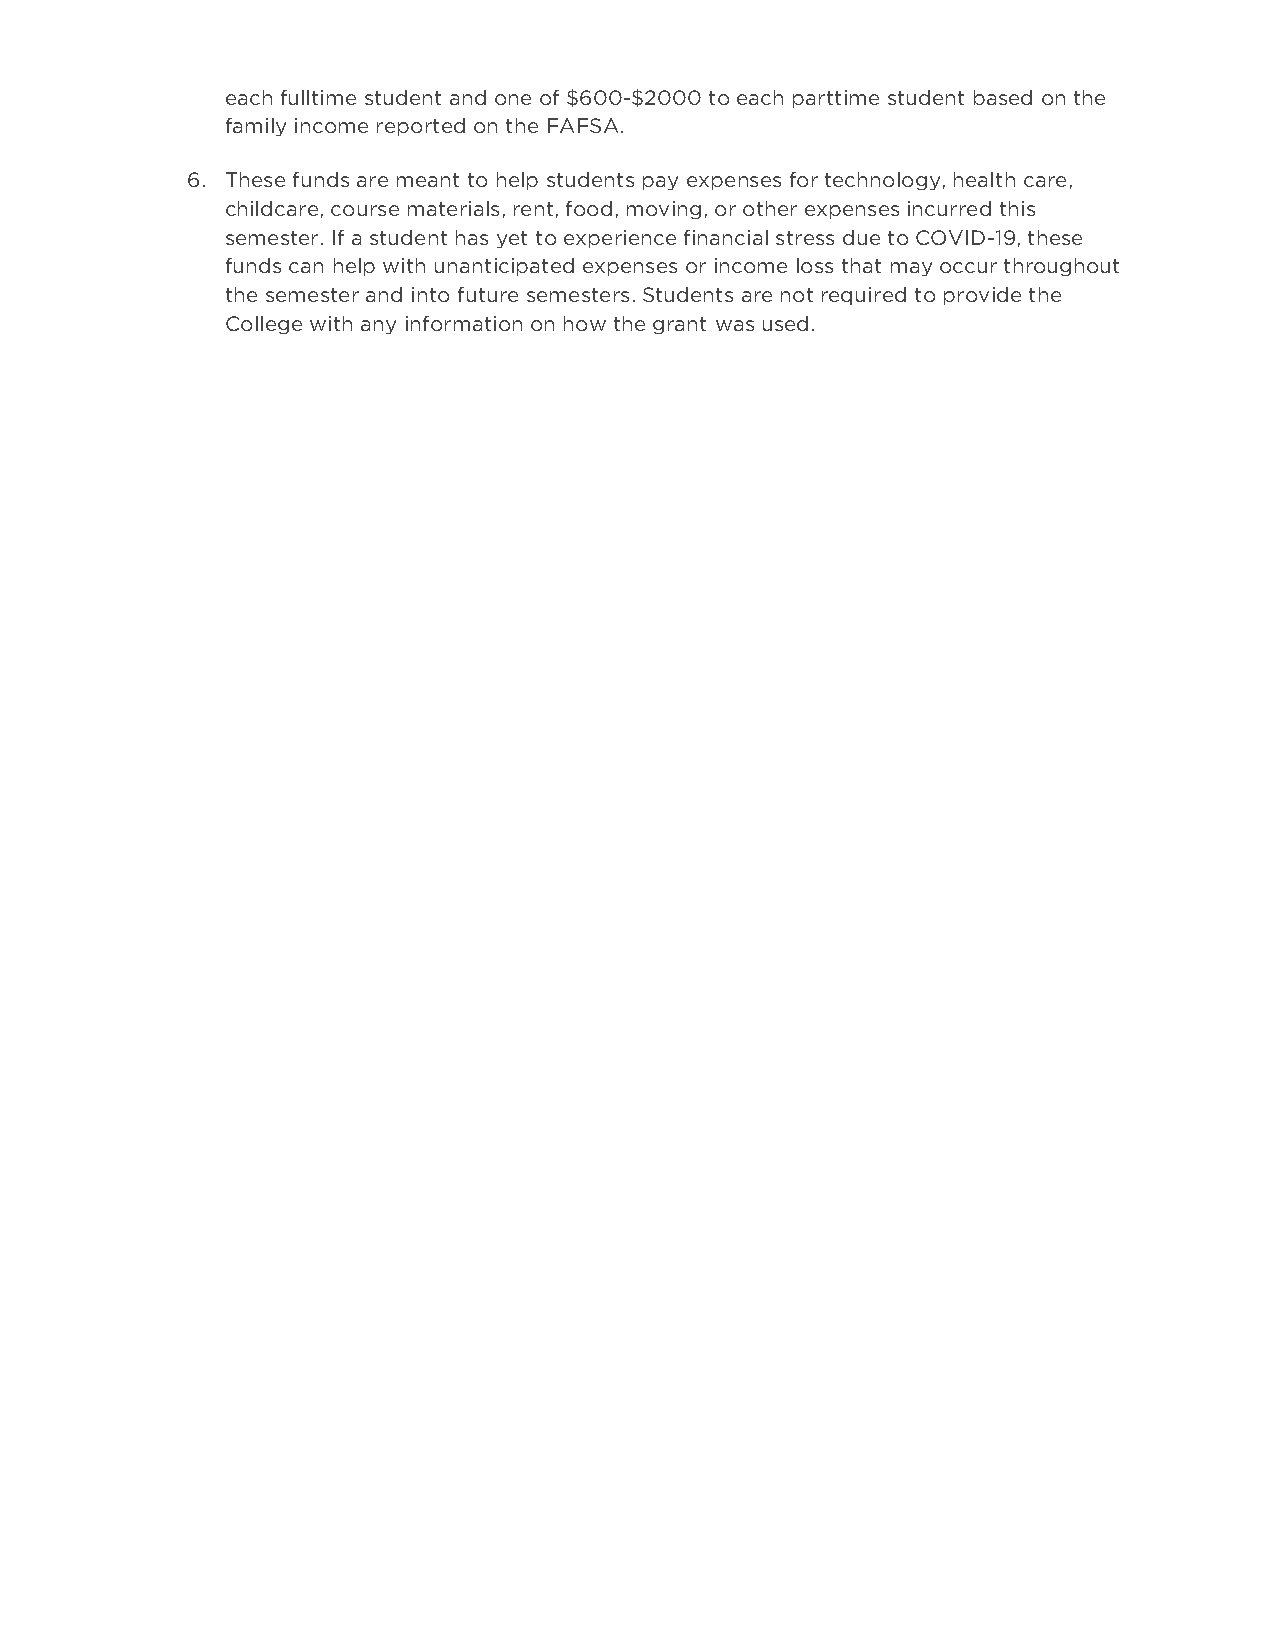
each fulltime student and one of $600-$2000 to each parttime student based on the
 family income reported on the FAFSA.
 6. These funds are meant to help students pay expenses for technology, health care,
 childcare, course materials, rent, food, moving, or other expenses incurred this
 semester. If a student has yet to experience financial stress due to COVID-19, these
 funds can help with unanticipated expenses or income loss that may occur throughout
 the semester and into future semesters. Students are not required to provide the
 College with any information on how the grant was used.